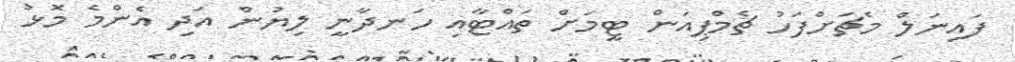
ފައިނަލް މެޗަށްފަހު ޗެމްޕިއަން ޓީމަށް ތައްޓާއި ހަނދާނީ ލިޔުން އަދި އެންމެ މޮޅު